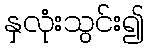
နှလုံးသွင်း၍